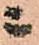
ニ